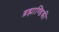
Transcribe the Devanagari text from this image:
ब्रह्माण्डिकी